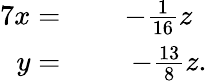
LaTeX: \begin{array}{rlr}{{7}x=\; }&{{}}&{-{\frac{1}{16}}z\, \, \, }\\ {y=\; }&{{}}&{-{\frac{13}{8}}z.}\end{array}